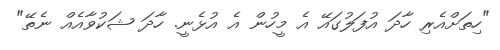
"ހިތަށްއެރި ހާދަ އުފަލުގައޭ އެ މީހުން އެ އުޅެނީ. ހާދަ ޝަކުވާއެއް ނެތޭ"